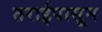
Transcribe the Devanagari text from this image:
तराईपासून